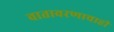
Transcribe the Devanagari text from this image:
वातावरणाचाही